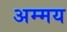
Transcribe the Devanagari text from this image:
अम्मय